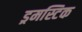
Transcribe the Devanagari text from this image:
ड्रमस्टिक